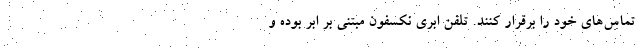
تماس‌های خود را برقرار کنند. تلفن ابری نکسفون مبتنی بر ابر بوده و